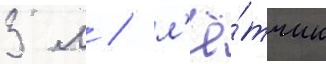
3 м / л'ё́тчик